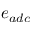
e _ { a d c }